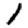
Digit: 1